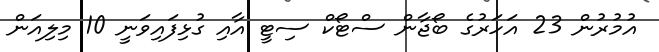
އުމުރުން 23 އަހަރުގެ ބޯޖާން ސްޓޯކް ސިޓީ އާއި ގުޅިފައިވަނީ 10 މިލިއަން